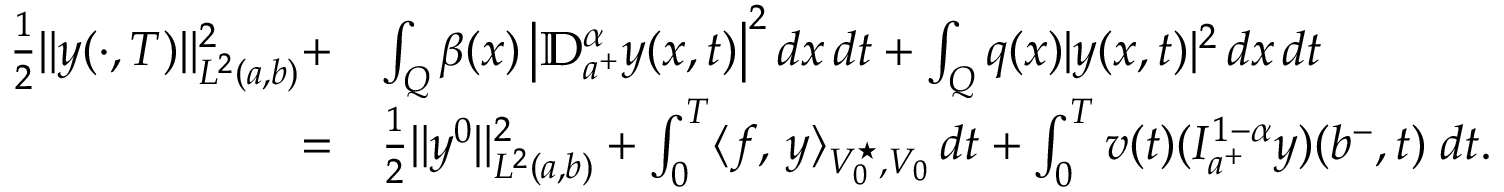
\begin{array} { r l } { \frac 1 2 \| y ( \cdot , T ) \| _ { L ^ { 2 } ( a , b ) } ^ { 2 } + } & { \int _ { Q } \beta ( x ) \left| \mathbb { D } _ { a ^ { + } } ^ { \alpha } y ( x , t ) \right| ^ { 2 } d x \, d t + \int _ { Q } q ( x ) | y ( x , t ) | ^ { 2 } \, d x \, d t } \\ { = } & { \frac 1 2 \| y ^ { 0 } \| _ { L ^ { 2 } ( a , b ) } ^ { 2 } + \int _ { 0 } ^ { T } \langle f , \, y \rangle _ { V _ { 0 } ^ { \star } , V _ { 0 } } \, d t + \int _ { 0 } ^ { T } v ( t ) ( I _ { a ^ { + } } ^ { 1 - \alpha } y ) ( b ^ { - } , t ) \; d t . } \end{array}